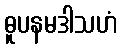
ဓူပနမဒါသဟံ